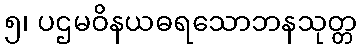
၅၊ ပဌမဝိနယဓရသောဘနသုတ္တ